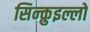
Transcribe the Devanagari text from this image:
सिन्क़ुइल्लो